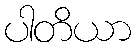
ပါတိယာ